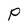
Character: P